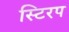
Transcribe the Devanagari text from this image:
स्टिरप